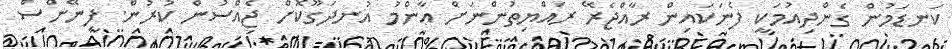
ކަނޑަމުން ގެންދިއުމަކީ ފެނަކައިން ރާއްޖެރޭ ރައްޔިތުންނަށް ޢާންމު އުނދަގޫކޮށް ޖެއްސުން ކުރުން. ފިނޭންސް